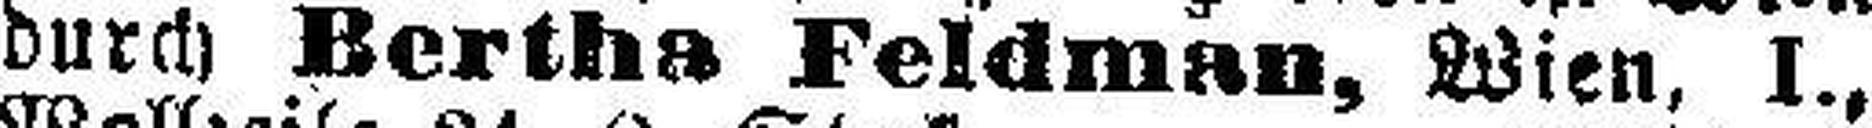
durch Bertha Feldman, Wien, I.,